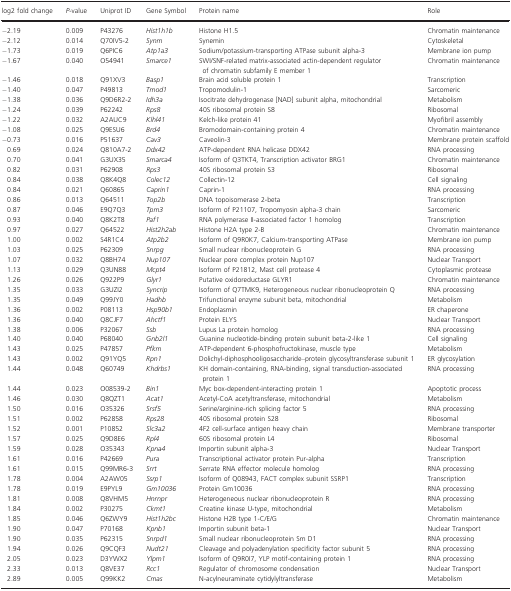
<table><thead><tr><td><b>log2 fold change</b></td><td><b><i>P</i>‐value</b></td><td><b>Uniprot ID</b></td><td><b>Gene Symbol</b></td><td><b>Protein name</b></td><td><b>Role</b></td></tr></thead><tbody><tr><td>−2.19</td><td>0.009</td><td>P43276</td><td><i>Hist1h1b</i></td><td>Histone H1.5</td><td>Chromatin maintenance</td></tr><tr><td>−2.12</td><td>0.014</td><td>Q70IV5‐2</td><td><i>Synm</i></td><td>Synemin</td><td>Cytoskeletal</td></tr><tr><td>−1.73</td><td>0.019</td><td>Q6PIC6</td><td><i>Atp1a3</i></td><td>Sodium/potassium‐transporting ATPase subunit alpha‐3</td><td>Membrane ion pump</td></tr><tr><td>−1.67</td><td>0.040</td><td>O54941</td><td><i>Smarce1</i></td><td>SWI/SNF‐related matrix‐associated actin‐dependent regulator of chromatin subfamily E member 1</td><td>Chromatin maintenance</td></tr><tr><td>−1.46</td><td>0.018</td><td>Q91XV3</td><td><i>Basp1</i></td><td>Brain acid soluble protein 1</td><td>Transcription</td></tr><tr><td>−1.40</td><td>0.047</td><td>P49813</td><td><i>Tmod1</i></td><td>Tropomodulin‐1</td><td>Sarcomeric</td></tr><tr><td>−1.38</td><td>0.036</td><td>Q9D6R2‐2</td><td><i>Idh3a</i></td><td>Isocitrate dehydrogenase [NAD] subunit alpha, mitochondrial</td><td>Metabolism</td></tr><tr><td>−1.24</td><td>0.039</td><td>P62242</td><td><i>Rps8</i></td><td>40S ribosomal protein S8</td><td>Ribosomal</td></tr><tr><td>−1.22</td><td>0.032</td><td>A2AUC9</td><td><i>Klhl41</i></td><td>Kelch‐like protein 41</td><td>Myofibril assembly</td></tr><tr><td>−1.08</td><td>0.025</td><td>Q9ESU6</td><td><i>Brd4</i></td><td>Bromodomain‐containing protein 4</td><td>Chromatin maintenance</td></tr><tr><td>−0.73</td><td>0.016</td><td>P51637</td><td><i>Cav3</i></td><td>Caveolin‐3</td><td>Membrane protein scaffold</td></tr><tr><td>0.69</td><td>0.024</td><td>Q810A7‐2</td><td><i>Ddx42</i></td><td>ATP‐dependent RNA helicase DDX42</td><td>RNA processing</td></tr><tr><td>0.70</td><td>0.041</td><td>G3UX35</td><td><i>Smarca4</i></td><td>Isoform of Q3TKT4, Transcription activator BRG1</td><td>Chromatin maintenance</td></tr><tr><td>0.82</td><td>0.031</td><td>P62908</td><td><i>Rps3</i></td><td>40S ribosomal protein S3</td><td>Ribosomal</td></tr><tr><td>0.84</td><td>0.038</td><td>Q8K4Q8</td><td><i>Colec12</i></td><td>Collectin‐12</td><td>Cell signaling</td></tr><tr><td>0.84</td><td>0.021</td><td>Q60865</td><td><i>Caprin1</i></td><td>Caprin‐1</td><td>RNA processing</td></tr><tr><td>0.86</td><td>0.013</td><td>Q64511</td><td><i>Top2b</i></td><td>DNA topoisomerase 2‐beta</td><td>Transcription</td></tr><tr><td>0.87</td><td>0.046</td><td>E9Q7Q3</td><td><i>Tpm3</i></td><td>Isoform of P21107, Tropomyosin alpha‐3 chain</td><td>Sarcomeric</td></tr><tr><td>0.93</td><td>0.040</td><td>Q8K2T8</td><td><i>Paf1</i></td><td>RNA polymerase II‐associated factor 1 homolog</td><td>Transcription</td></tr><tr><td>0.97</td><td>0.027</td><td>Q64522</td><td><i>Hist2h2ab</i></td><td>Histone H2A type 2‐B</td><td>Chromatin maintenance</td></tr><tr><td>1.00</td><td>0.002</td><td>S4R1C4</td><td><i>Atp2b2</i></td><td>Isoform of Q9R0K7, Calcium‐transporting ATPase</td><td>Membrane ion pump</td></tr><tr><td>1.03</td><td>0.025</td><td>P62309</td><td><i>Snrpg</i></td><td>Small nuclear ribonucleoprotein G</td><td>RNA processing</td></tr><tr><td>1.07</td><td>0.032</td><td>Q8BH74</td><td><i>Nup107</i></td><td>Nuclear pore complex protein Nup107</td><td>Nuclear Transport</td></tr><tr><td>1.13</td><td>0.029</td><td>Q3UN88</td><td><i>Mcpt4</i></td><td>Isoform of P21812, Mast cell protease 4</td><td>Cytoplasmic protease</td></tr><tr><td>1.26</td><td>0.026</td><td>Q922P9</td><td><i>Glyr1</i></td><td>Putative oxidoreductase GLYR1</td><td>Chromatin maintenance</td></tr><tr><td>1.35</td><td>0.033</td><td>G3UZI2</td><td><i>Syncrip</i></td><td>Isoform of Q7TMK9, Heterogeneous nuclear ribonucleoprotein Q</td><td>RNA processing</td></tr><tr><td>1.35</td><td>0.049</td><td>Q99JY0</td><td><i>Hadhb</i></td><td>Trifunctional enzyme subunit beta, mitochondrial</td><td>Metabolism</td></tr><tr><td>1.36</td><td>0.002</td><td>P08113</td><td><i>Hsp90b1</i></td><td>Endoplasmin</td><td>ER chaperone</td></tr><tr><td>1.36</td><td>0.040</td><td>Q8CJF7</td><td><i>Ahctf1</i></td><td>Protein ELYS</td><td>Nuclear Transport</td></tr><tr><td>1.38</td><td>0.006</td><td>P32067</td><td><i>Ssb</i></td><td>Lupus La protein homolog</td><td>RNA processing</td></tr><tr><td>1.40</td><td>0.040</td><td>P68040</td><td><i>Gnb2l1</i></td><td>Guanine nucleotide‐binding protein subunit beta‐2‐like 1</td><td>Cell signaling</td></tr><tr><td>1.43</td><td>0.025</td><td>P47857</td><td><i>Pfkm</i></td><td>ATP‐dependent 6‐phosphofructokinase, muscle type</td><td>Metabolism</td></tr><tr><td>1.43</td><td>0.002</td><td>Q91YQ5</td><td><i>Rpn1</i></td><td>Dolichyl‐diphosphooligosaccharide–protein glycosyltransferase subunit 1</td><td>ER glycosylation</td></tr><tr><td>1.44</td><td>0.048</td><td>Q60749</td><td><i>Khdrbs1</i></td><td>KH domain‐containing, RNA‐binding, signal transduction‐associated protein 1</td><td>RNA processing</td></tr><tr><td>1.44</td><td>0.023</td><td>O08539‐2</td><td><i>Bin1</i></td><td>Myc box‐dependent‐interacting protein 1</td><td>Apoptotic process</td></tr><tr><td>1.46</td><td>0.030</td><td>Q8QZT1</td><td><i>Acat1</i></td><td>Acetyl‐CoA acetyltransferase, mitochondrial</td><td>Metabolism</td></tr><tr><td>1.50</td><td>0.016</td><td>O35326</td><td><i>Srsf5</i></td><td>Serine/arginine‐rich splicing factor 5</td><td>RNA processing</td></tr><tr><td>1.51</td><td>0.002</td><td>P62858</td><td><i>Rps28</i></td><td>40S ribosomal protein S28</td><td>Ribosomal</td></tr><tr><td>1.52</td><td>0.001</td><td>P10852</td><td><i>Slc3a2</i></td><td>4F2 cell‐surface antigen heavy chain</td><td>Membrane transporter</td></tr><tr><td>1.57</td><td>0.025</td><td>Q9D8E6</td><td><i>Rpl4</i></td><td>60S ribosomal protein L4</td><td>Ribosomal</td></tr><tr><td>1.59</td><td>0.028</td><td>O35343</td><td><i>Kpna4</i></td><td>Importin subunit alpha‐3</td><td>Nuclear Transport</td></tr><tr><td>1.61</td><td>0.016</td><td>P42669</td><td><i>Pura</i></td><td>Transcriptional activator protein Pur‐alpha</td><td>Transcription</td></tr><tr><td>1.61</td><td>0.015</td><td>Q99MR6‐3</td><td><i>Srrt</i></td><td>Serrate RNA effector molecule homolog</td><td>RNA processing</td></tr><tr><td>1.78</td><td>0.004</td><td>A2AW05</td><td><i>Ssrp1</i></td><td>Isoform of Q08943, FACT complex subunit SSRP1</td><td>Transcription</td></tr><tr><td>1.78</td><td>0.019</td><td>E9PYL9</td><td><i>Gm10036</i></td><td>Protein Gm10036</td><td>RNA processing</td></tr><tr><td>1.81</td><td>0.008</td><td>Q8VHM5</td><td><i>Hnrnpr</i></td><td>Heterogeneous nuclear ribonucleoprotein R</td><td>RNA processing</td></tr><tr><td>1.84</td><td>0.002</td><td>P30275</td><td><i>Ckmt1</i></td><td>Creatine kinase U‐type, mitochondrial</td><td>Metabolism</td></tr><tr><td>1.85</td><td>0.046</td><td>Q6ZWY9</td><td><i>Hist1h2bc</i></td><td>Histone H2B type 1‐C/E/G</td><td>Chromatin maintenance</td></tr><tr><td>1.90</td><td>0.047</td><td>P70168</td><td><i>Kpnb1</i></td><td>Importin subunit beta‐1</td><td>Nuclear Transport</td></tr><tr><td>1.90</td><td>0.035</td><td>P62315</td><td><i>Snrpd1</i></td><td>Small nuclear ribonucleoprotein Sm D1</td><td>RNA processing</td></tr><tr><td>1.94</td><td>0.026</td><td>Q9CQF3</td><td><i>Nudt21</i></td><td>Cleavage and polyadenylation specificity factor subunit 5</td><td>RNA processing</td></tr><tr><td>2.05</td><td>0.023</td><td>D3YWX2</td><td><i>Ylpm1</i></td><td>Isoform of Q9R0I7, YLP motif‐containing protein 1</td><td>RNA processing</td></tr><tr><td>2.33</td><td>0.013</td><td>Q8VE37</td><td><i>Rcc1</i></td><td>Regulator of chromosome condensation</td><td>Nuclear Transport</td></tr><tr><td>2.89</td><td>0.005</td><td>Q99KK2</td><td><i>Cmas</i></td><td>N‐acylneuraminate cytidylyltransferase</td><td>Metabolism</td></tr></tbody></table>